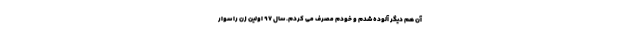
آن هم دیگر آلوده شدم و خودم مصرف می کردم. سال ۹۷ اولین زن را سوار